Report on vaccination in Madras 1904-1921 - 1904-1921
Year: 1904
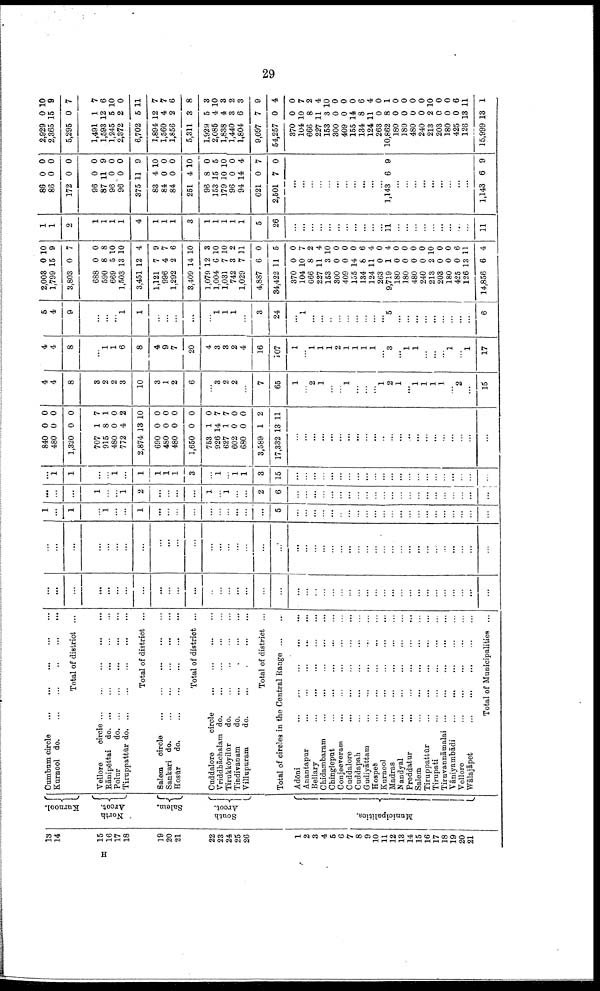
29
13
14
15
16
17
18
19
20
21
22
23
24
25
26
1
2
3
4
5
6
7
8
9
10
1]
12
13
14
15
16
17
18
19
20
21
Kurnool.
North
Arcot.
Salem.
South
Arcot.
Municipalities.
Cumbum circle
...
...
...
...
...
Kurnool do.
...
...
...
...
...
Total of district ...
Vellore
circle
...
...
...
...
...
Rānipēttai d
o
. ... ... ... ... ...
Polur
d
o
. ... ... ... ... ...
Tiruppattūr d
o
. ... ... ... ... ...
Total of district ...
Salem circle
...
...
...
...
...
Sankari do.
...
...
...
...
...
Hosūr
do.
...
......
...
...
Total of district ...
Cuddalore
circle
...
...
...
...
Vriddhāchalam do.
...
...
...
...
Tirukkōyilūr
do.
...
...
...
...
Tindiyanam
do.
...
...
...
...
Villupuram
do.
...
...
...
...
Total of district ...
Total of circles in the Central Range ... ...
Adōni ... ... ... ... ...
Anantapur
...
...
...
...
...
Bellary
...
...
...
...
...
Chidambaram
...
...
...
...
...
Chingleput
...
...
...
...
...
Conjeeveram
...
...
...
...
...
Cuddalore
...
...
...
...
...
Cuddapah
...
...
...
...
...
Gudiyāttam
...
...
...
...
...
Hospete ... ... ... ... ...
Kurnool
...
...
...
...
...
Madras
...
...
...
...
...
Nandyal ... ... ... ... ...
Proddatur
...
...
...
...
...
Salem
...
...
...
...
...
Tiruppattūr
...
...
...
...
...
Tirupati ... ... ... ... ...
Tiruvannāmalai
... ... ... ... ...
Vāniyambādi
...
...
...
...
...
Vellore
...
...
...
...
...
Wālajāpet
...
...
...
...
...
Total of Municipalities ...
...
...
...
...
...
...
...
...
...
...
...
...
...
...
...
...
...
...
...
...
...
...
...
...
...
....
...
...
...
...
...
...
...
...
...
...
...
...
...
...
...
...
...
...
...
...
...
...
...
...
...
...
...
...
...
...
...
...
...
...
...
...
...
...
...
...
...
...
...
...
...
...
...
...
...
...
...
...
...
...
...
...
1
...
1
...
1
...
...
1
...
...
...
...
...
...
...
...
...
...
5
...
...
...
...
...
...
...
...
...
...
...
...
...
...
...
...
...
...
...
...
...
...
...
...
...
1
...
...
1
2
...
...
...
...
1
...
1
...
...
2
6
...
...
...
...
...
...
...
...
...
...
...
...
...
...
...
...
...
...
...
...
...
...
...
1
1
...
...
1
...
1
1
1
1
3
...
1
...
1
1
3
15
...
...
...
...
...
...
...
...
...
...
...
...
...
...
...
...
...
...
...
...
...
...
840
480
1,320
707
915
480
772
2,874
690
480
480
1,650
753
926
627
602
680
3,589
17,332
0
0
0
1
8
0
4
13
0
0
0
0
1
14
1
0
0
1
13
0
0
0
7
1
0
2
10
0
0
0
0
0
7
7
0
0
2
11
...
...
...
...
...
...
...
...
...
...
...
...
...
...
...
...
...
...
...
...
...
...
4
4
8
3
2
2
3
10
3
1
2
6
...
3
2
2
...
7
65
1
...
2
1
...
...
1
...
...
...
1
2
1
...
1
1
1
1
...
2
...
15
4
4
8
...
1
1
6
8
4
9
7
20
4
3
3
2
4
16
107
1
...
1
1
1
2
1
1
1
1
...
3
...
1
1
...
...
...
1
...
1
17
5
4
9
...
...
...
1
1
...
...
...
...
...
1
1
1
...
3
24
...
1
...
...
...
...
...
...
...
...
...
5
...
...
...
...
...
...
...
...
...
6
2,003
1,799
3,803
688
590
669
1,503
3,451
1,121
996
1,292
3,409
1,079
1,004
1,031
742
1,029
4,887
34,422
370
104
666
227
153
300
409
155
134
124
263
9,719
180
180
480
240
213
203
180
425
126
14,856
0
15
0
0
8
5
13
12
7
4
2
14
12
6
7
3
7
6
11
0
10
8
11
3
0
0
14
8
11
0
1
0
0
0
0
2
0
0
0
13
6
10
9
7
0
8
10
10
4
9
7
6
10
3
10
10
2
11
0
5
0
7
2
4
10
0
0
0
6
4
0
4
0
0
0
0
10
0
0
6
11
4
1
1
2
1
1
1
1
4
1
1
1
3
1
1
1
1
1
5
26
...
...
...
...
...
...
...
...
...
...
...
11
...
...
...
...
...
...
...
...
...
11
86
86
172
96
87
96
96
375
83
84
84
251
96
153
179
96
94
621
2,501
0
0
0
0
11
0
0
11
4
0
0
4
8
15
10
0
14
0
7
0
0
0
0
9
0
0
9
10
0
0
10
0
5
10
0
4
7
0
...
...
...
...
...
...
...
...
...
...
...
1,143 6 9
...
...
...
...
...
...
...
...
...
1,143 6 9
2,929
2,365
5,295
1,491
1,593
1,245
2,372
6,702
1,894
1,560
1,856
5,311
1,929
2,085
1,838
1,440
1,804
9,097
54,257
370
104
666
227
153
300
409
155
134
124
263
10,862
180
180
480
240
213
203
180
425
126
15,999
0
15
0
1
12
5
2
5
12
4
2
3
5
4
4
3
6
7
0
0
10
8
11
3
0
0
14
8
11
0
8
0
0
0
0
2
0
0
0
13
13
10
9
7
7
6
10
0
11
7
7
6
8
3
10
3
2
3
9
4
0
7
2
4
10
0
0
0
6
4
0
1
0
0
0
0
10
0
0
6
11
1
H